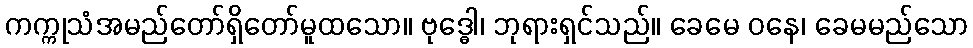
ကက္ကုသံအမည်တော်ရှိတော်မူထသော။ ဗုဒ္ဓေါ၊ ဘုရားရှင်သည်။ ခေမေ ဝနေ၊ ခေမမည်သော